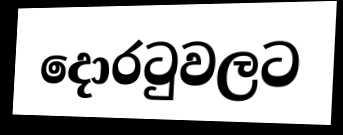
දොරටුවලට